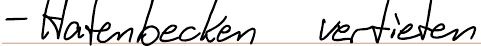
- Hafenbecken vertiefen